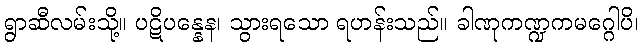
ရွာဆီလမ်းသို့။ ပဋိပန္နေန၊ သွားရသော ရဟန်းသည်။ ခါဏုကဏ္ဍကမဂ္ဂေါပိ၊